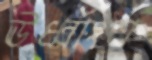
ঊর্ধ্বাংশ